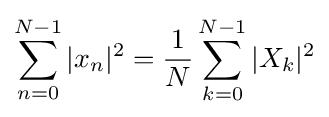
\sum _{n=0}^{N-1}|x_{n}|^{2}={\frac {1}{N}}\sum _{k=0}^{N-1}|X_{k}|^{2}